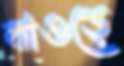
বাওড়ে